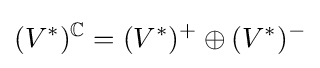
(V^{*})^{\mathbb {C} }=(V^{*})^{+}\oplus (V^{*})^{-}